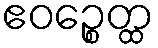
ဧဝဉ္စေတ္ထ